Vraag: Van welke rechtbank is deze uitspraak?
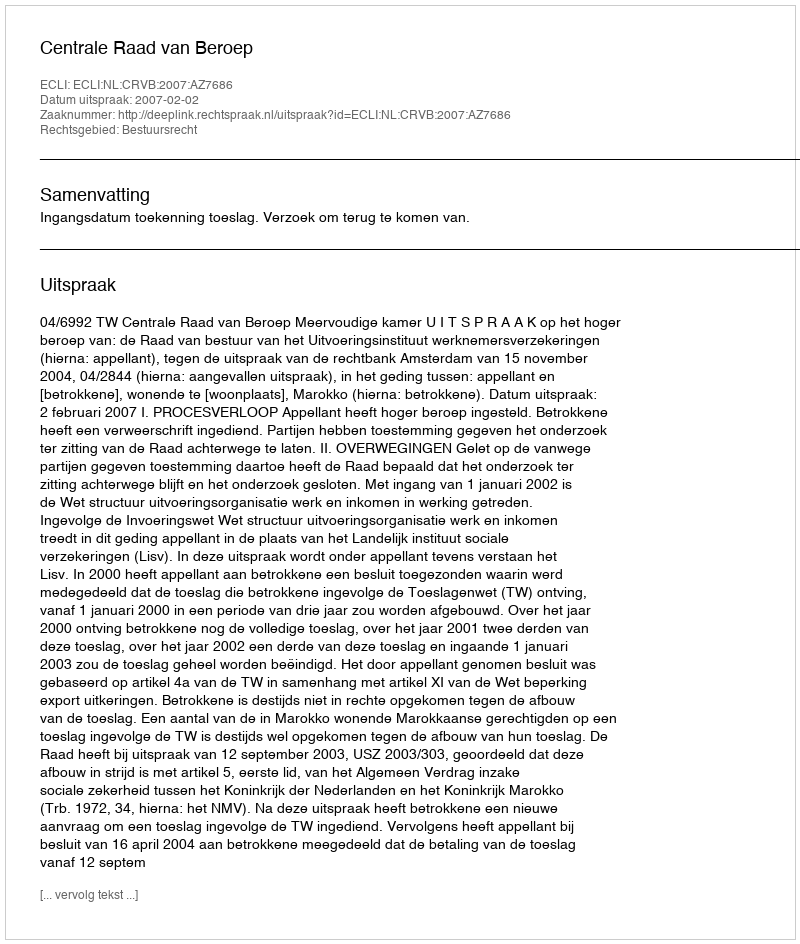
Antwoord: Centrale Raad van Beroep